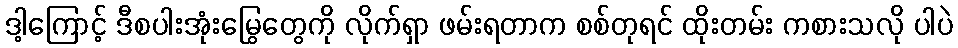
ဒါ့ကြောင့် ဒီစပါးအုံးမြွေတွေကို လိုက်ရှာ ဖမ်းရတာက စစ်တုရင် ထိုးတမ်း ကစားသလို ပါပဲ